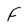
Character: F